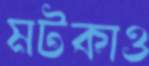
মটকাও